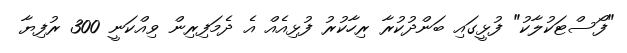
"ފޯސްޓަކުލާކު" ފުޅީގައި ބަންދުކުރާ ރިހާކުރު ފުޅިއެއް އެ ދެމަފިރިން ވިއްކަނީ 300 ރުފިޔާ